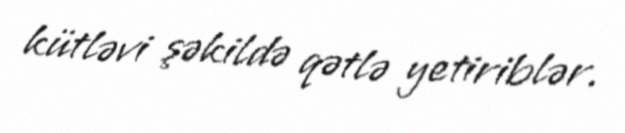
kütləvi şəkildə qətlə yetiriblər.